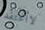
لاأعتقد